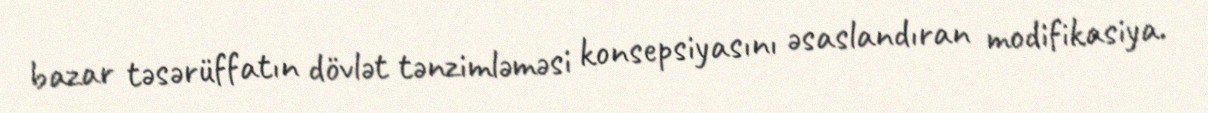
bazar təsərüffatın dövlət tənzimləməsi konsepsiyasını əsaslandıran modifikasiya.